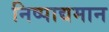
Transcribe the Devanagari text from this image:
निष्पाद्यमान